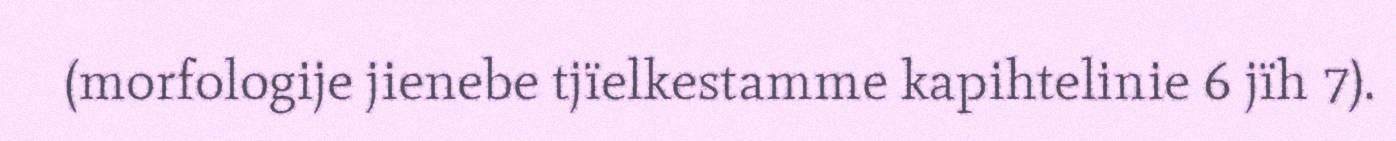
(morfologije jienebe tjïelkestamme kapihtelinie 6 jïh 7).